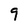
Character: 9